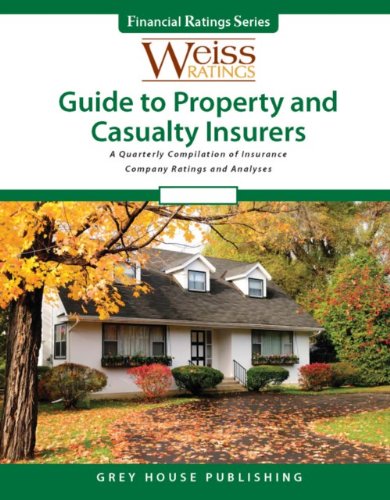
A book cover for Weiss Ratings Guide to Property & Casualty Insurers Summer 2012; Business & Money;